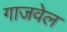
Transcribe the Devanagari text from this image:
गाजवेल